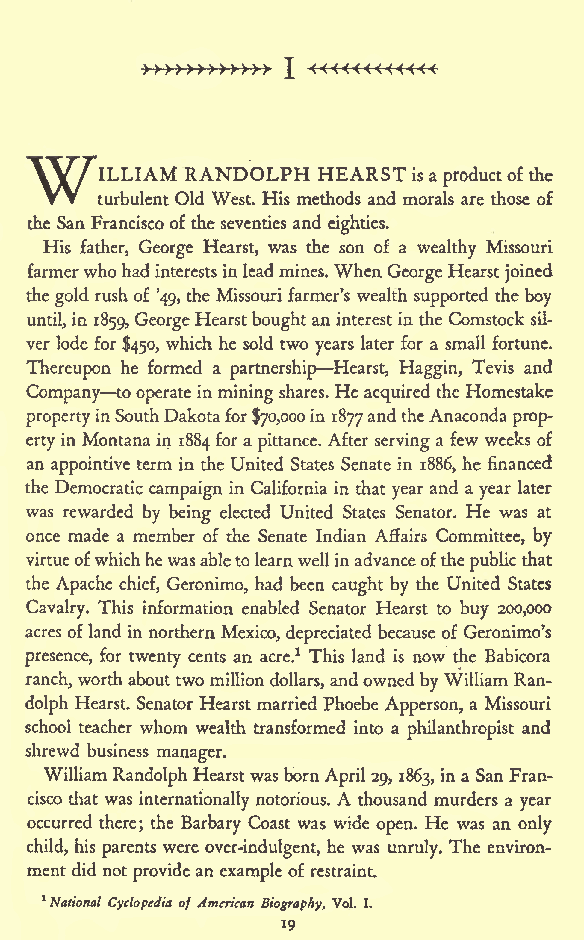
I
 TWVTlLLIAM RANDOLPH HEARST
 isa productofthe
 turbulent Old West. His methods and morals are those of
 the SanFranciscoof the seventies and eighties.
 His father, George Hearst, was the son of a wealthy Missouri
 farmerwhohadinterestsinleadmines. When GeorgeHearstjoined
 thegoldrushof '49, the Missouri farmer's wealth supported the boy
 until,in 1859,GeorgeHearstboughtaninterestinthe Comstock sil-
 ver lode for $450, which he sold two years later for a small fortune.
 Thereupon he formed a partnership Hearst, Haggin, Tevis and
 Company tooperate inminingshares. He acquired theHomestake
 propertyinSouthDakotafor$70,000in 1877andtheAnaconda
 prop-
 erty in Montanain 1884 for a pittance. After serving a few weeks of
 an appointive term in the United States Senate in 1886, he financed
 the Democratic campaignin California in that year and ayear later
 was rewarded by being elected United States Senator. He was at
 once made a member of the Senate Indian Affairs Committee, by
 virtueofwhichhewasabletolearnwellinadvanceofthepublicthat
 the Apache chief, Geronimo, had been caught by the United States
 Cavalry. This information enabled Senator Hearst to buy 200,000
 acres ofland in northern Mexico, depreciated because of Geronimo's
 presence, for twenty cents an acre.1 This land is now the Babicora
 ranch,worthabouttwo milliondollars, andowned byWilliam Ran-
 dolph Hearst. Senator Hearst married Phoebe Apperson, a Missouri
 school teacher whom wealth transformed into a philanthropist and
 shrewd business manager.
 WilliamRandolph Hearstwasborn April29, 1863, ina SanFran-
 cisco that was internationally notorious. A thousand murders a year
 occurred there; the Barbary Coast was wide open. He was an only
 child, his parents were over-indulgent, he was unruly. The environ-
 ment did notprovideanexampleof restraint.
 1National Cyclopedia of American Biography, Vol. I.
 19